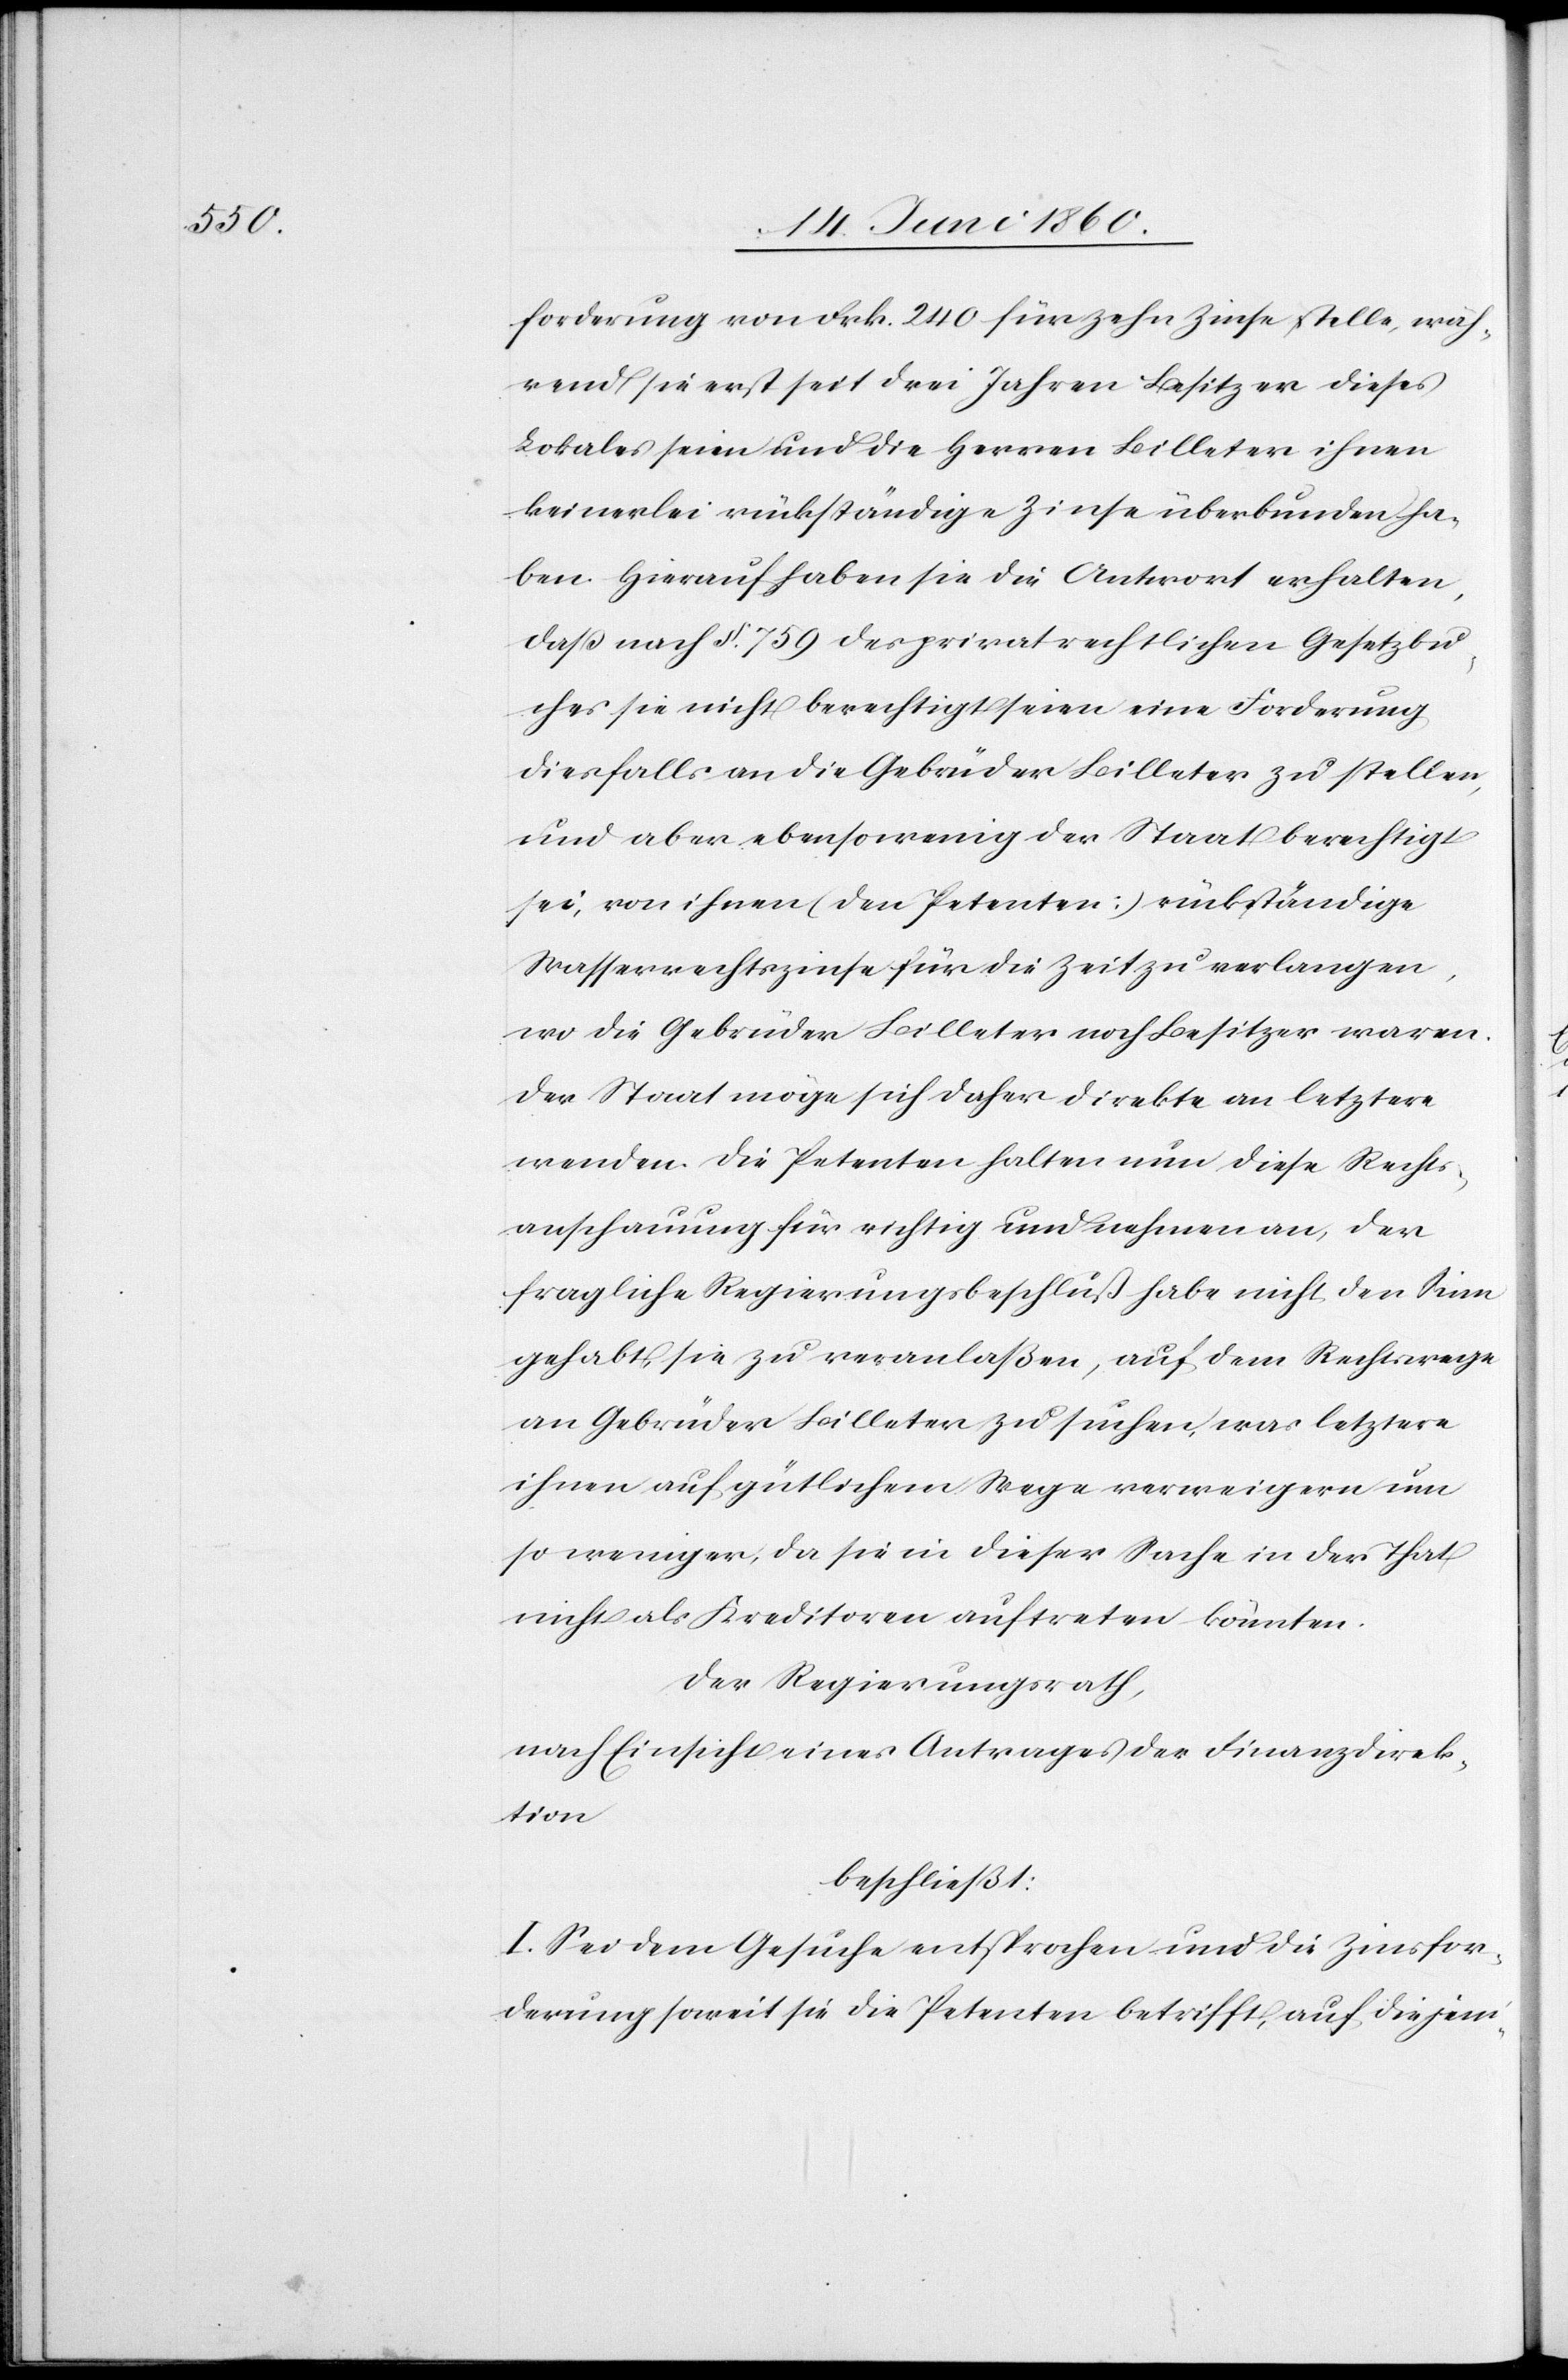
forderung von Frk. 240 für zehn Zinse stelle, wäh¬
rend sie erst seit drei Jahren Besitzer dieses
Lokales seien und die Herren Billeter ihnen
keinerlei rückständige Zinse überbunden ha¬
ben. Hierauf haben sie die Antwort erhalten,
dass nach §. 759 des privatrechtlichen Gesetzbu¬
ches sie nicht berechtigt seien eine Forderung
diesfalls an die Gebrüder Billeter zu stellen,
und aber ebensowenig der Staats berechtigt
sei, von ihnen (den Petenten) rückständige
Wasserrechtszinse für die Zeit zu verlangen,
wo die Gebrüder Billeter noch Besitzer waren.
Der Staat möge sich daher direkte an letztere
wenden. Die Petenten halten nun diese Rechts¬
anschauung für richtig und nehmen an, der
fragliche Regierungsbeschluß habe nicht den Sinn
gehabt, sie zu veranlaßen, auf dem Rechtswege
an Gebrüder Billeter zu suchen, was letztere
ihnen auf gütlichem Wege verweigern um
so weniger, da sie in dieser Sache in der That
nicht als Kreditoren auftreten könnten.
Der Regierungsrath,
nach Einsicht eines Antrages der Finanzdirek¬
tion
beschließt:
I. Sei dem Gesuche entsprochen und die Zinsfor¬
derung soweit sie die Petenten betrifft, auf diejeni-